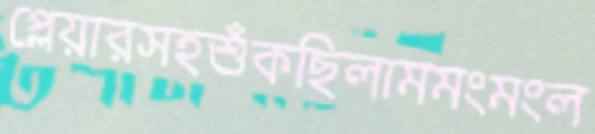
প্লেয়ারসহশুঁকছিলামমংমংল